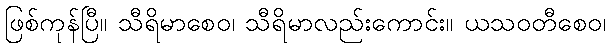
ဖြစ်ကုန်ပြီ။ သီရိမာစေဝ၊ သီရိမာလည်းကောင်း။ ယသဝတီစေဝ၊